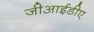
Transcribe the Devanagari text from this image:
जीआईडीए